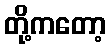
တို့ကတော့